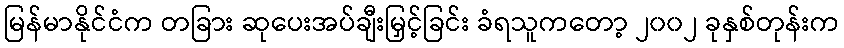
မြန်မာနိုင်ငံက တခြား ဆုပေးအပ်ချီးမြှင့်ခြင်း ခံရသူကတော့ ၂၀၀၂ ခုနှစ်တုန်းက